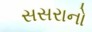
સસરાનો